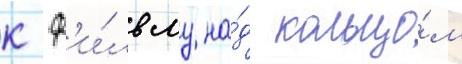
к ф'и́льму на́д кольцо́м